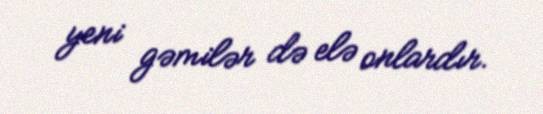
yeni gəmilər də elə onlardır.